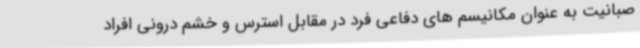
صبانیت به عنوان مکانیسم های دفاعی فرد در مقابل استرس و خشم درونی افراد